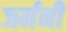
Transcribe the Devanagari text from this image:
जर्मनी